Annual report on the lock hospitals of the Madras Presidency
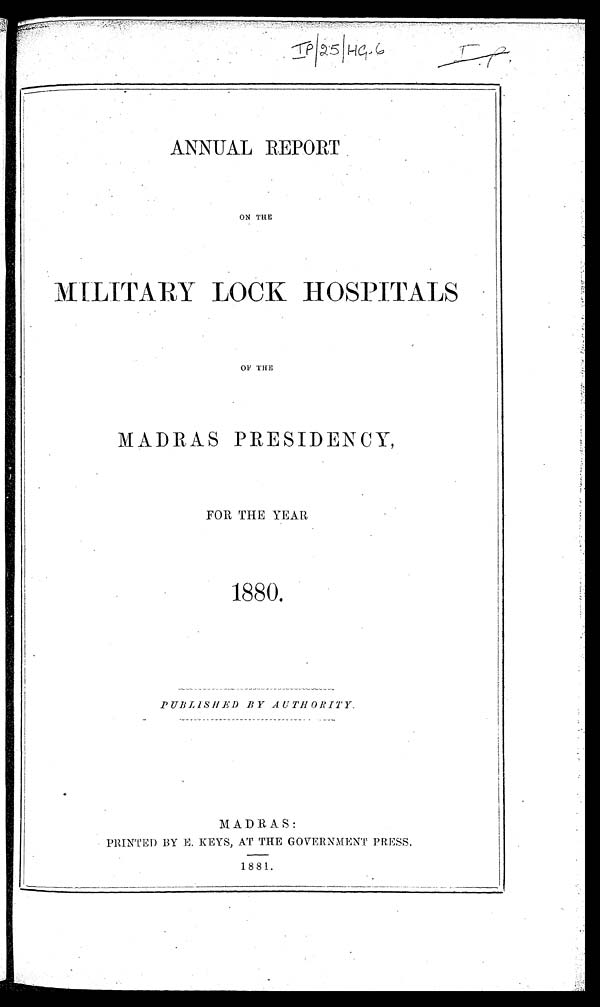
IP/25/HG6
ANNUAL REPORT
ON THE
MILITARY LOCK HOSPITALS
OF THE
MADRAS PRESIDENCY,
FOR THE YEAR
1880.
PUBLISHED BY AUTHORITY,
M A D R A S:
PRINTED BY E. KEYS, AT THE GOVERNMENT PRESS.
1 8 8 1 .